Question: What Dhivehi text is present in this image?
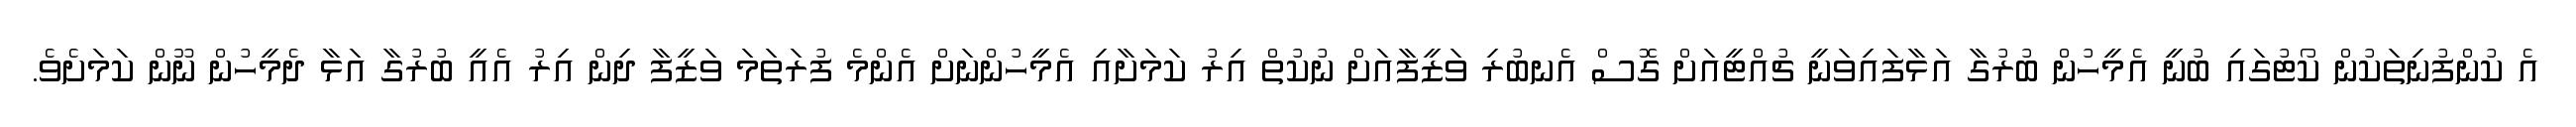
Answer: އެ ކުންފުނިތަކުން ކޯޓުގައި ބުނީ އެމީހުން ބުރުގާ އަޅާފައިވަނީ ޗުއްޓީއަށް ގޮސް އެނބުރި ވަޒީފާއަށް ނުކުތް އިރު ކަމަށާއި އެމީހުންނަށް އެންމެ ފުރަތަމަ ވަޒީފާ ދިން އިރު އެއީ ބުރުގާ އަޅާ ދެމީހުން ނޫން ކަމަށެވެ.